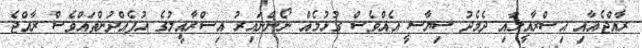
ރާއްޖެއާއި އިސްރާއީލާއި ދެމެދު ސިޔާސީ އެއްވެސް ގުޅުމެއް ނޯންނައިރު އިސްރާއީލުގެ އުފެއްދުންތައްވެސް ރާއްޖެ